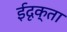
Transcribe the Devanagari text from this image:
ईदृक्ता